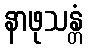
နာဖုသန္တံ